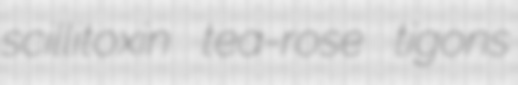
scillitoxin tea-rose tigons